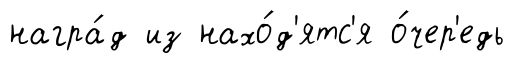
награ́д из нахо́д'ятс'я о́чер'едь